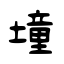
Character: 墥